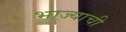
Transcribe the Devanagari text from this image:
भाज्याची